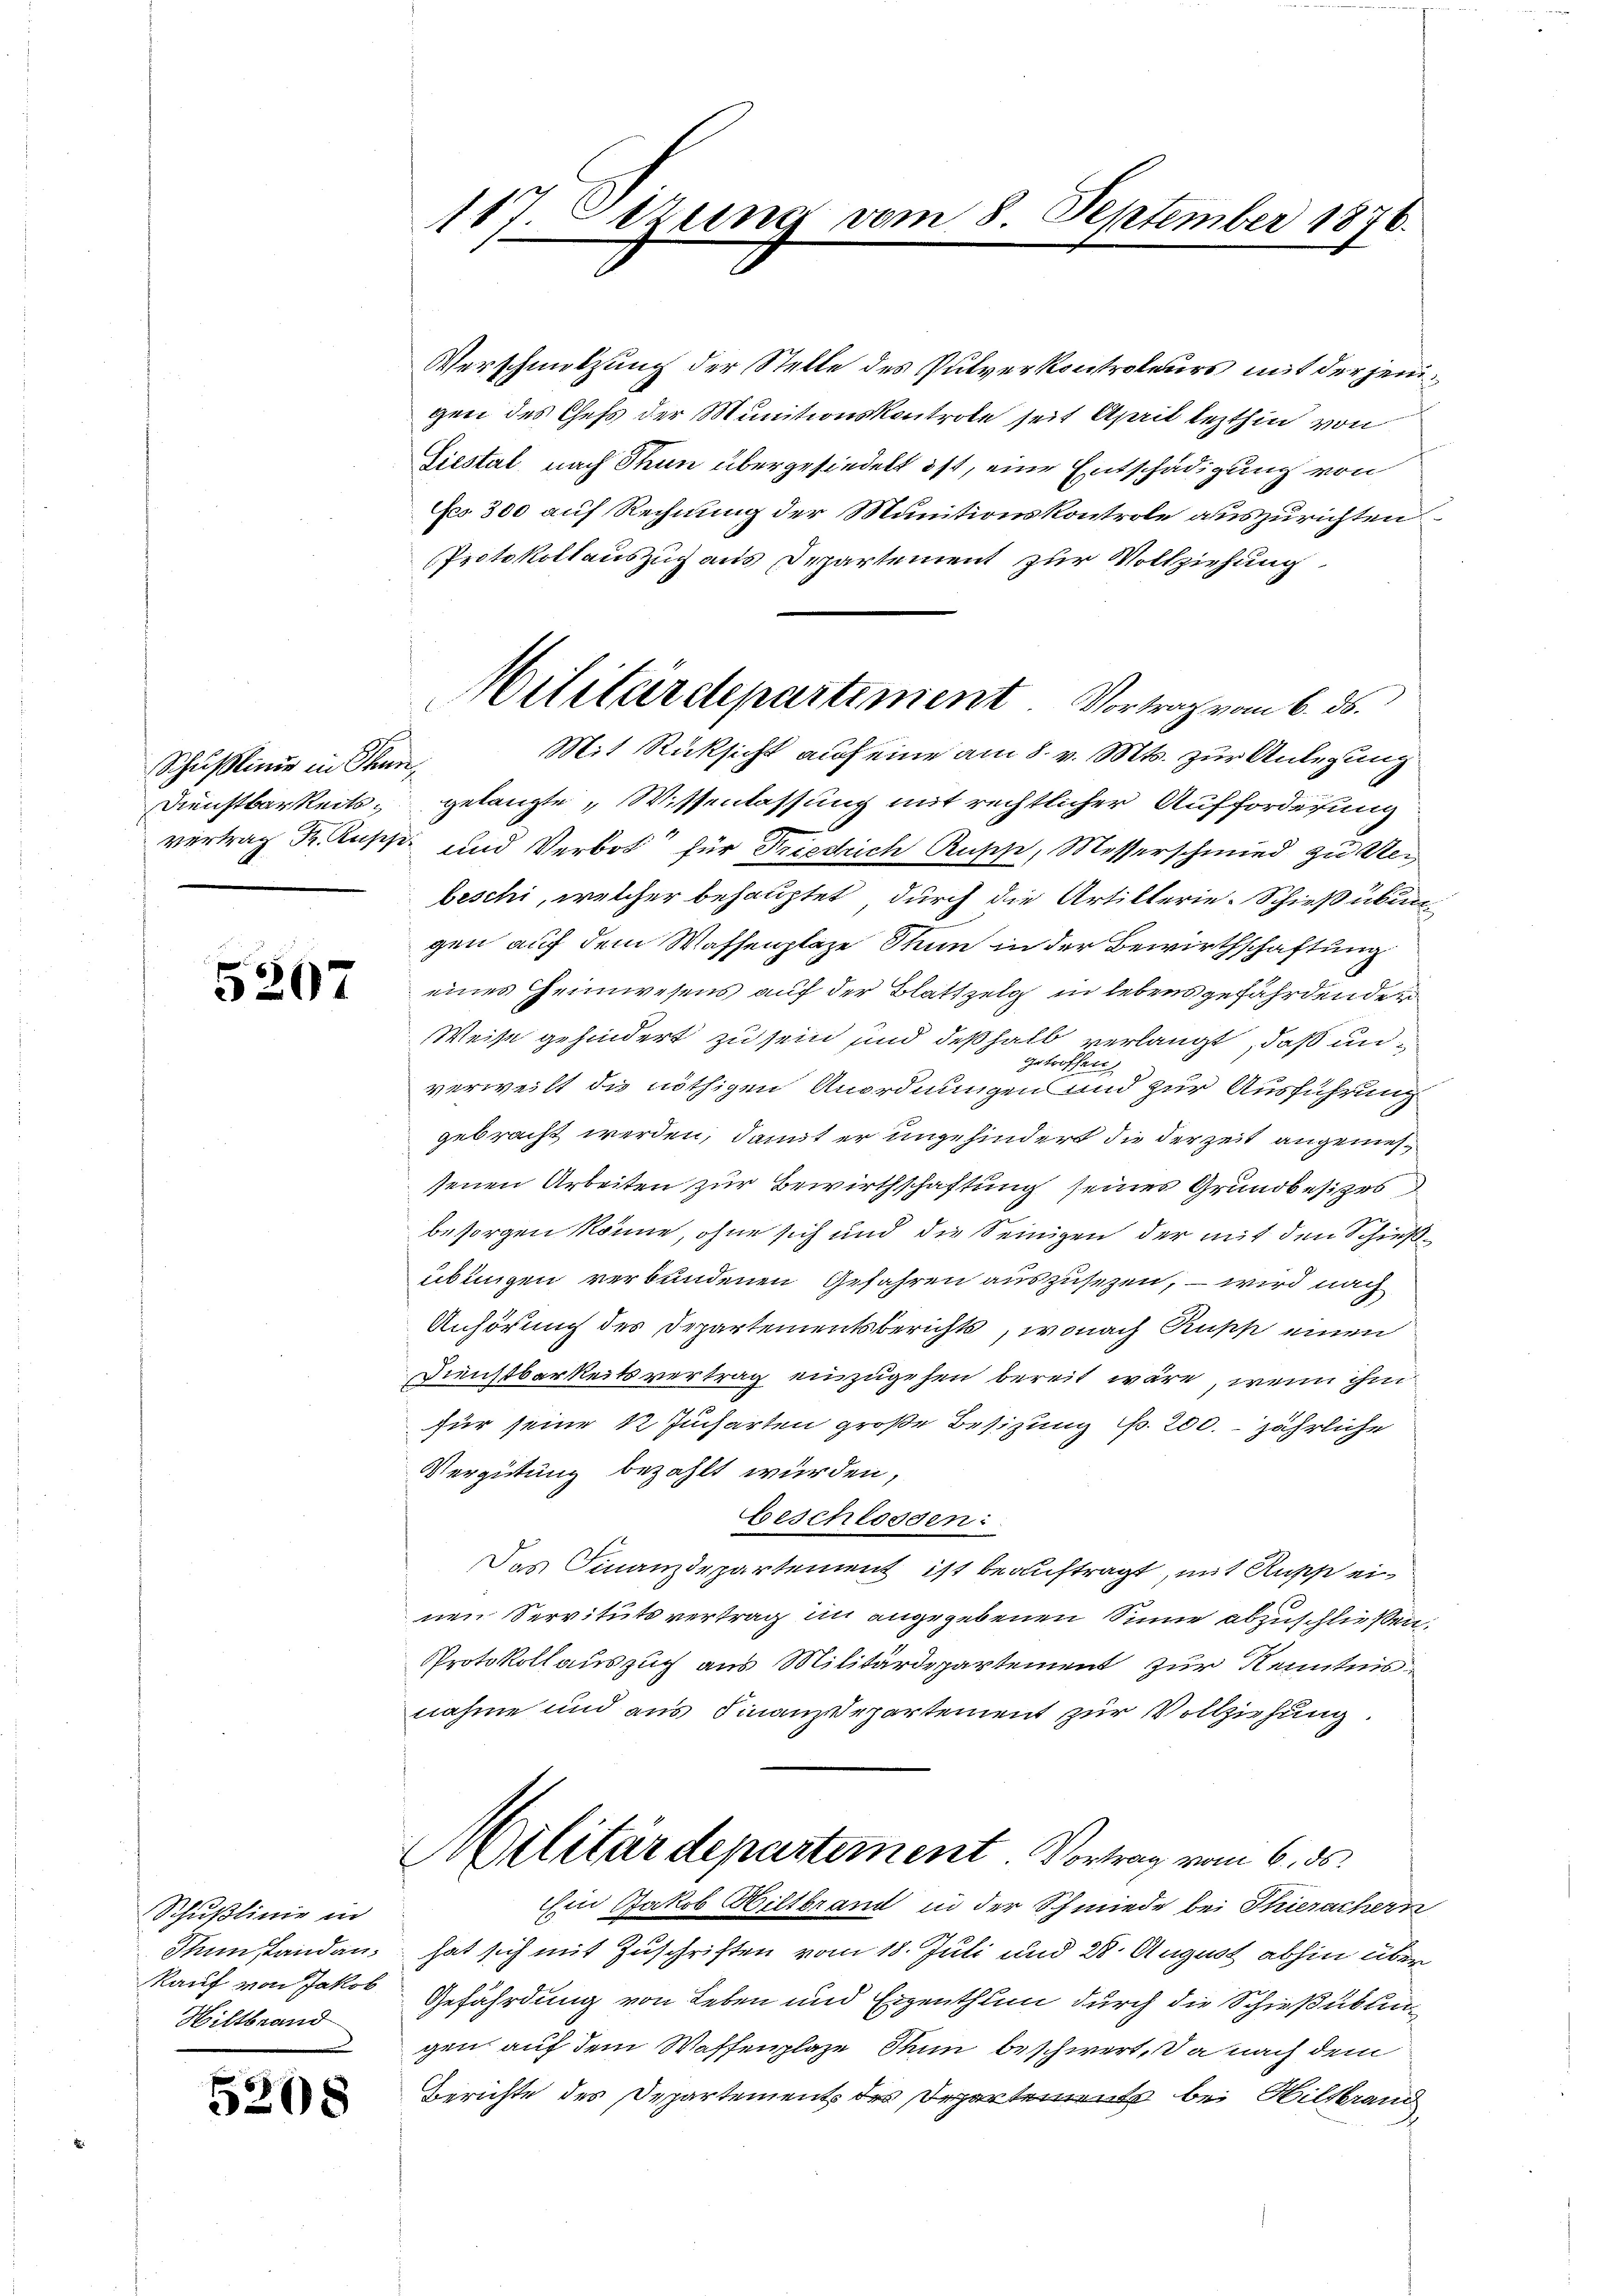
Schußlinie in Stun¬
Dienstbarkeits¬

5207

Schußlinie in
Thunstand an:
kauf von Jakob
Hiltbrand

5208

167. Dezem

Verschmitzung der Stelle des Pulverkontroleurs mit derjenigen des Chefs der Munitionskontrole seit April lezthin von
Siestal nach Thun übergesiedelt ist, eine Entschädigung von
Fo 300 auf Rechnung der Munitionskontrole auszurichten
Protokollauszug aus Departement zur Vollziehung.
Mit Rücksicht auf eine am 8. v. Mts. zur Anlegung
gelangte „Wissenlassung mit rechtlicher Aufforderung
vertrag Fr. Kuss und Verbot für Friedrich Rupp, Messerschmied zu Rebeschi, welcher behauptet, durch die Artillerie-Schießübun
gen auf dem Waffenplaze Thun in der Bewirthschaftung
eines Heimwesens auf der Blattzelg in lebens gefährden den
Weise gehindert zu sein sind deßhalb verlangt, daß ungetroffen
verweilt die nöthigen Anordnungen und zur Ausführung
gebracht werden, damit er ungehindert die der Zeit angemessenen Arbeiten zur Bewirthschaftung seines Grundbesitzes
besorgen könne, ohne sich und die Seinigen der mit den Schießübungen verbundenen Gefahren auszusetzen, – wird nach
Anhörung der Departementsberichts, wonach Russ einen
Dienstbarkeitsvertrag einzugehen bereit wäre, wenn ihm
für seine 1 Jucharten große Besizung l. 200. jährliche
Vergütung bezahlt wurden,
beschlossen:
Das Finanzdepartement ist beauftragt, mit Rupp einen Servitutsvertrag in angegebenen Sinne abzuschließen.
Protokollauszug aus Militärdepartement zur Kenntnisnahme und aus Finanzdepartement zur Vollziehung
Militärdepartement. Vortrag vom 6. ds.
Ein Jakob Hiltbrand in der Schmiede bei Thiesachern
hat sich mit Zuschriften vom 18. Juli und 28. August abhin über
Gefährdung von Leben und Eigenthum durch die Schießübun
gen auf dem Waffenplaze Thun beschwert, da nach dem
Berichte des Departement des Departement bei Hiltrand

Militärdepartiment. Vortrag vom 6. ds.

8. September 1876.